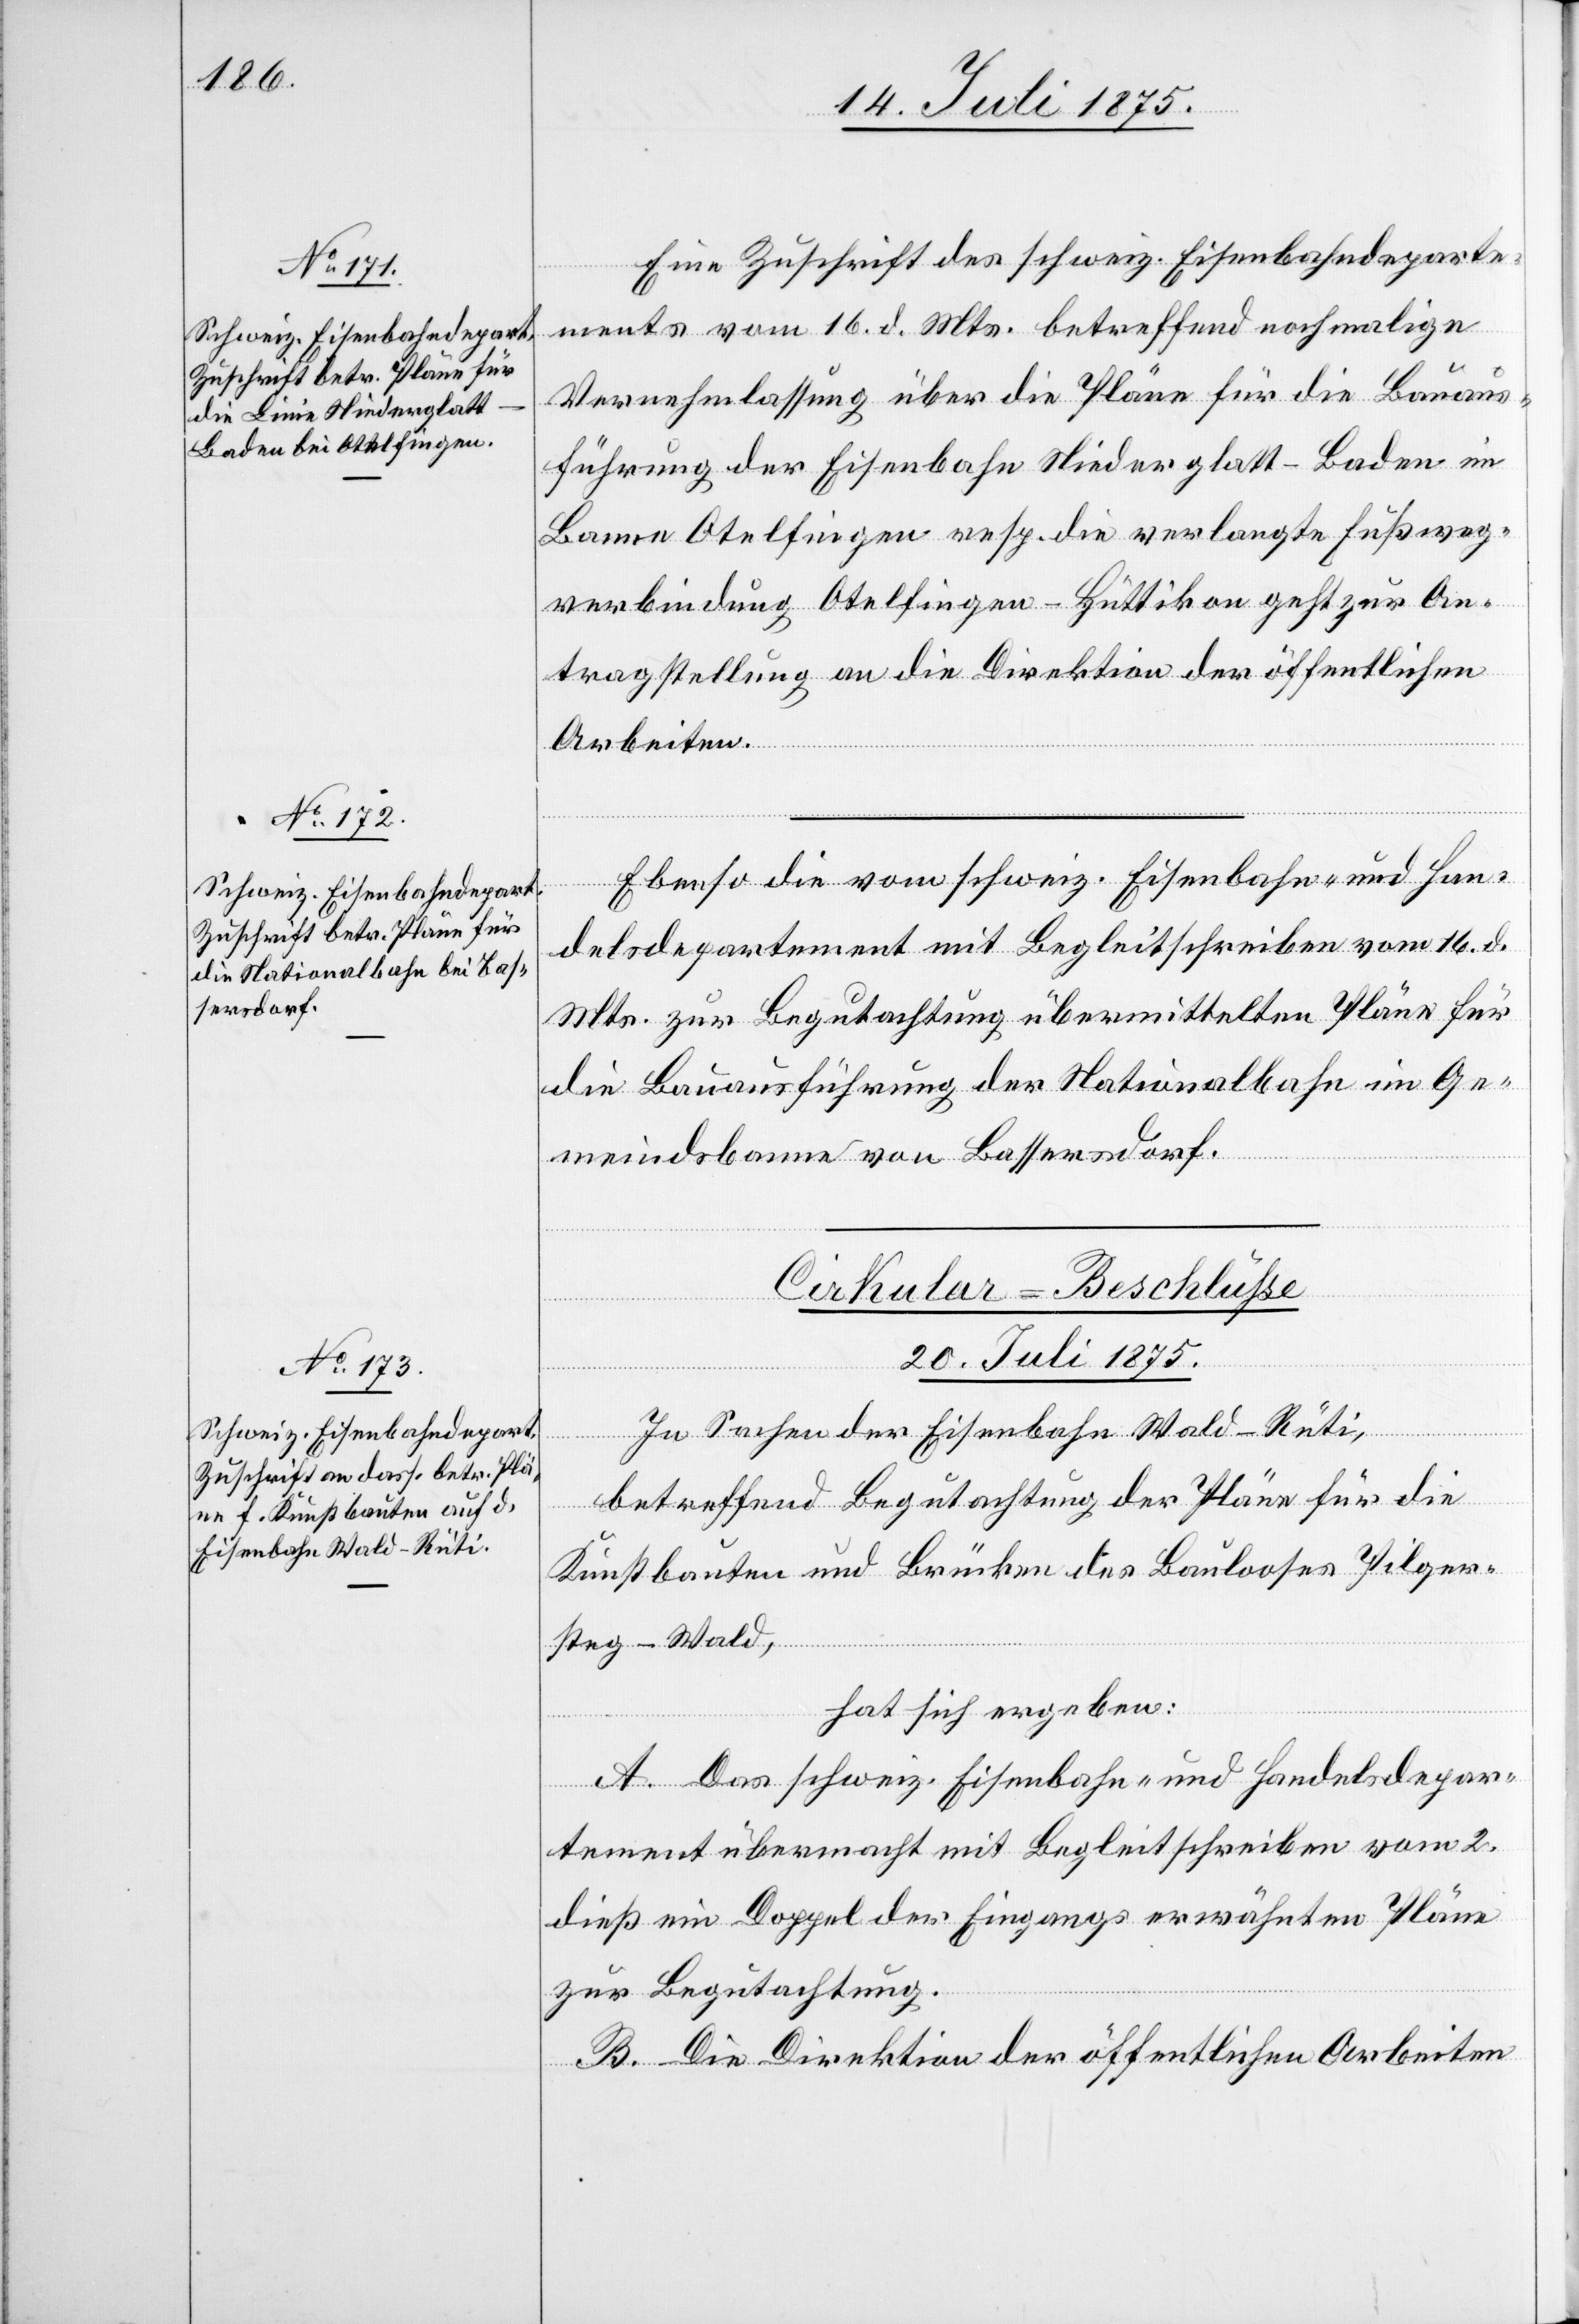
19. Juli 1875.]
Eine Zuschrift des schweiz. Eisenbahndeparte¬
mentes vom 16. d. Mts. betreffend nochmalige
Vernehmlassung über die Pläne für die Bauaus¬
führung der Eisenbahn Niederglatt–Baden im
Banne Otelfingen resp. die verlangte Fußweg¬
verbindung Otelfingen–Hüttikon geht zur An¬
tragstellung an die Direktion der öffentlichen
Arbeiten.
Ebenso die vom schweiz. Eisenbahn- und Han¬
delsdepartement mit Begleitschreiben vom 16. d.
Mts. zur Begutachtung übermittelten Pläne für
die Bauausführung der Nationalbahn im Ge¬
meindebanne von Bassersdorf.
Cirkular-Beschlüße.
20. Juli 1875.
der
betreffend Begutachtung der Pläne für die
Eisenbahn Wald–Rüti,
Kunstbauten und Brücken des Baulooses Pilger¬
steg–Wald,
hat sich ergeben:
A. Das schweiz. Eisenbahn- und Handelsdepar¬
tement übermacht mit Begleitschreiben vom 2.
dieß ein Doppel der Eingangs erwähnten Pläne
zur Begutachtung.
B. Die Direktion der öffentlichen Arbeiten

In